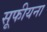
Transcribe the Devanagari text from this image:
सूफीयना